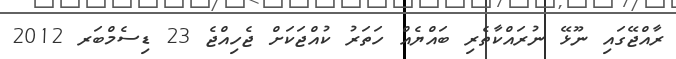
ރާއްޖޭގައި ނޫޅޭ ނުރައްކާތެރި ބައްޔެއް ހަތަރު ކުއްޖަކަށް ޖެހިއްޖެ 23 ޑިސެމްބަރ 2012